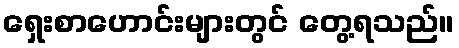
ရှေးစာဟောင်းများတွင် တွေ့ရသည်။